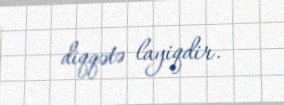
diqqətə layiqdir.